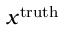
x ^ { \mathrm { { t r u t h } } }